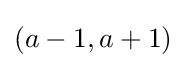
(a-1,a+1)